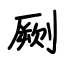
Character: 劂